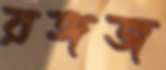
রঙ্গজ